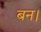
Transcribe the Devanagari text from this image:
बन।